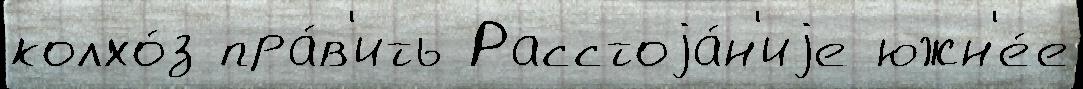
колхо́з пра́в'ить Расстоjа́н'иjе южн'е́е